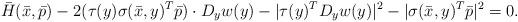
LaTeX: \begin{align*}\bar{H}(\bar{x}, \bar{p}) - 2(\tau(y) \sigma(\bar{x}, y)^T \bar{p}) \cdot D_y w(y) - |\tau(y)^T D_y w(y)|^2 -|\sigma(\bar{x},y)^T \bar{p}|^2=0.\end{align*}